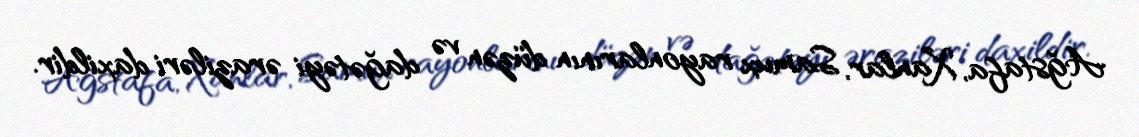
Ağstafa, Xanlar, Samux rayonlarının düzən və dağətəyi əraziləri daxildir.